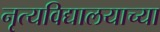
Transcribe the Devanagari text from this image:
नृत्यविद्यालयाच्या